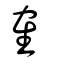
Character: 隺